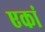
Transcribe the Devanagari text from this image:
एकां